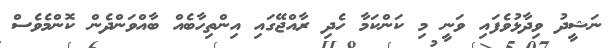
ނަޝީދު ވިދާޅުވެފައި ވަނީ މި ކަންކަމާ ހެދި ރާއްޖޭގައި އިންތިހާބެއް ބާއްވަންދެން ކޮންމެވެސް